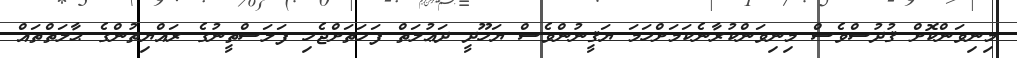
މިނިވަންކޮށް ޤުދުސްވެސް މިނިވަންކުރާނެކަމަށްހަމަ ޔަޤީނުންވެސް ޔަހޫދީ ދަޢުލަތް ފަހަތަށްޖެހި ފަލަސްތީނުގެ ރައްޔިތުންގެ ޙާލަތްތައް